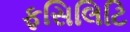
ફસિલિટિ